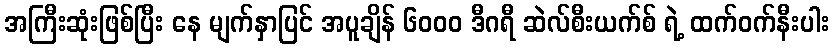
အကြီးဆုံးဖြစ်ပြီး နေ မျက်နှာပြင် အပူချိန် ၆၀၀၀ ဒီဂရီ ဆဲလ်စီးယက်စ် ရဲ့ ထက်ဝက်နီးပါး